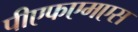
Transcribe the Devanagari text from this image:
पीएफएमएस